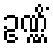
ဥဏ္ဏိံ